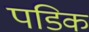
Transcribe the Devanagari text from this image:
पडिक